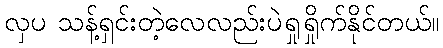
လှပ သန့်ရှင်းတဲ့လေလည်းပဲရှုရှိုက်နိုင်တယ်။